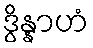
ဒွိန္နာဟံ